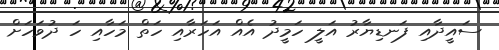
ސައީދާއި ފަނޑިޔާރު އަލީ ހަމީދު އެއް އަހަރާއި ހަތް މަހާއި ހަ ދުވަހަށް